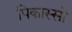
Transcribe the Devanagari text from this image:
पिकास्सो